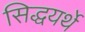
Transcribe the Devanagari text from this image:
सिद्धयर्थे